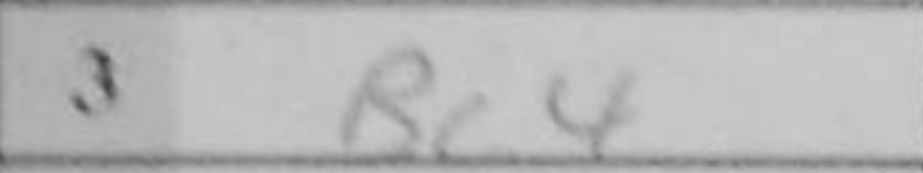
Transcription: Bc4